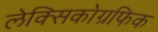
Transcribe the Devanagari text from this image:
लेक्सिकोग्रफिक